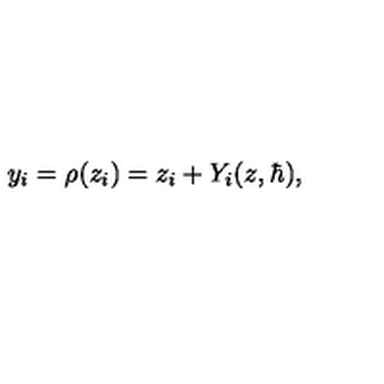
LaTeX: y _ { i } = \rho ( z _ { i } ) = z _ { i } + Y _ { i } ( z , \hbar ) ,